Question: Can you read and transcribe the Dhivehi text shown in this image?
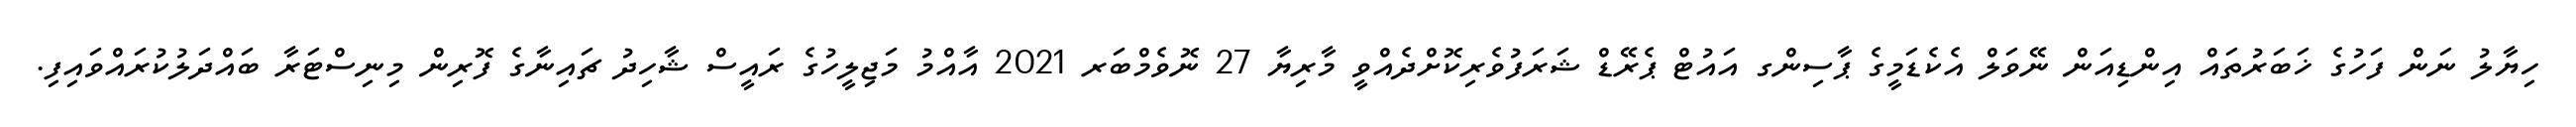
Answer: ހިޔާލު ނަން ފަހުގެ ޚަބަރުތައް އިންޑިއަން ނޭވަލް އެކެޑަމީގެ ޕާސިންގ އައުޓް ޕެރޭޑް ޝަރަފުވެރިކޮށްދެއްވީ މާރިޔާ 27 ނޮވެމްބަރ 2021 އާއްމު މަޖިލީހުގެ ރައީސް ޝާހިދު ޗައިނާގެ ފޮރިން މިނިސްޓަރާ ބައްދަލުކުރައްވައިފި.